Vaccine operations Central Provinces & Berar 1912-1920 - 1912-1920
Year: 1912
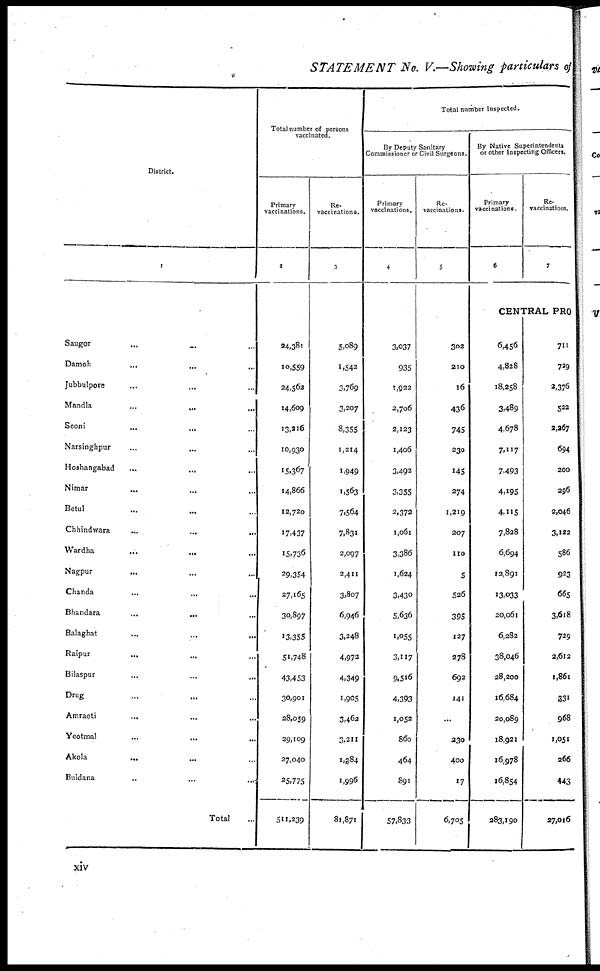
STATEMENT No. V—-Showing particulars of
District.
1
Saugor... ... ...
Damoh...
...
...
Jubbulpore...
...
...
Mandla... ... ...
Seoni... ... ...
Narsinghpur... ... ...
Hoshangabad... ... ...
Nimar...
...
...
Betul... ... ...
Chhindwara...
...
...
Wardha... ... ...
Nagpur...
...
...
Chanda... ... ...
Bhandara...
...
...
Balaghat...
...
...
Raipur... ... ...
Bilaspur...
...
...
Drug... ... ...
Amraoti...
...
...
Yeotmal... ... ...
Akola...
...
...
Buldana..
...
...
Total...
Total number of persons
vaccinated.
Primary
vaccinations.
2
24,381
10,559
24,562
14,609
13,216
10,930
15,367
14,866
12,720
17,437
15,736
29,354
27,165
30,897
13,355
51,748
43,453
30,901
28,059
29,109
27,040
25,775
511,239
Re-
vaccinations.
3
5,089
1,542
3,769
3,207
8,355
1,214
1,949
1,563
7,564
7,831
2,097
2,411
3,807
6,946
3,248
4,972
4,349
1,905
3,462
3,211
1,884
1,996
81,871
Total number inspected.
By Deputy Sanitary
Commissioner or Civil Surgeons.
Primary
vaccinations.
4
3,037
935
1,922
2,706
2,123
1,406
3,492
3,355
2,372
1,061
3,386
1,624
3,430
5,636
1,055
3,117
9,516
4,393
1,052
860
464
891
57,833
Re-
vaccinations.
5
302
210
16
436
745
230
145
274
1,219
207
110
5
526
395
127
278
692
141
...
230
400
17
6,705
By Native Superintendents
or other Inspecting Officers.
Primary
vaccinations.
6
Re-
vaccinations.
7
CENTRAL PRO
6,456
4,828
18,258
3,489
4,678
7,117
7,493
4,195
4,115
7,828
6,694
12,891
13,033
20,061
6,282
38,046
28,200
16,684
20,089
18,921
16,978
16,854
283,190
711
729
2,376
522
2,267
694
200
296
2,046
3,122
586
923
665
3,618
729
2,612
1,861
331
968
1,051
266
443
27,016
xiv